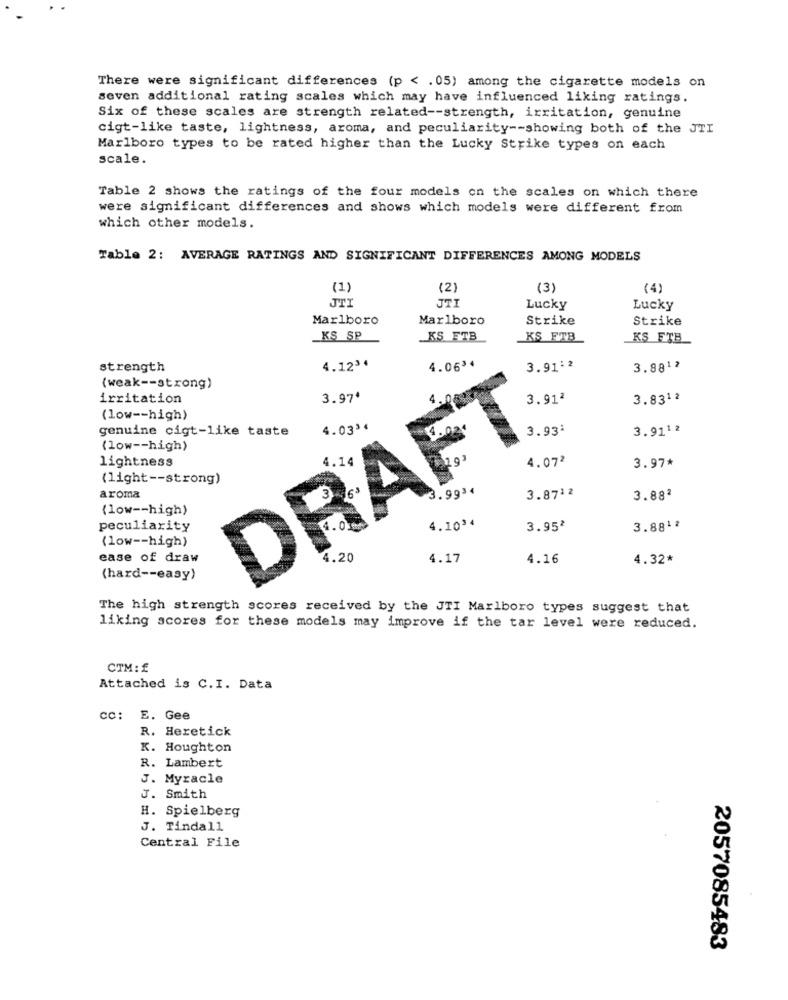
There were significant differences (p < . 05) among the cigarette models on
seven additional rating scales which may have influenced liking ratings.
Six of these scales are strength related -- strength, irritation, genuine
cigt-like taste, lightness, aroma, and peculiarity -- showing both of the JTI
Marlboro types to be rated higher than the Lucky Strike types on each
scale.
Table 2 shows the ratings of the four models on the scales on which there
were significant differences and shows which models were different from
which other models.
Table 2: AVERAGE RATINGS AND SIGNIFICANT DIFFERENCES AMONG MODELS
(1)
(2)
(3)
(4)
JTI
JTI
Lucky
Lucky
Marlboro
Marlboro
Strike
Strike
KS SP
KS_FTB
KS_FTB
KS FTB
4.0634
strength
4.123*
3.91:2
3.8812
(weak -- strong)
irritation
3.97€
3.912
3.8312
(low -- high)
genuine cigt-like taste
DRAFT
4.0334
3.93:
3.9112
(low -- high)
4.072
lightness
3.97*
(light -- strong)
3.993.
3.8712
aroma
3.88ª
(low -- high)
peculiarity
4.1034
3.95*
3.881ª
(low -- high)
ease of draw
4.20
4.17
4.16
4.32*
(hard -- easy)
The high strength scores received by the JTI Marlboro types suggest that
liking scores for these models may improve if the tar level were reduced.
CTM: £
Attached is C.I. Data
cc: E. Gee
R. Heretick
K. Houghton
R. Lambert
J. Myracle
J. Smith
H. Spielberg
J. Tindall
Central File
2057085483